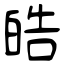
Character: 皓